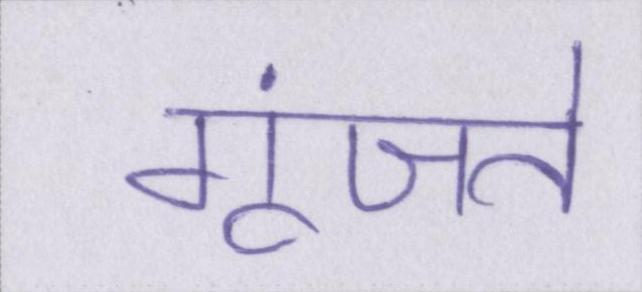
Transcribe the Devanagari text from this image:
गूंजते